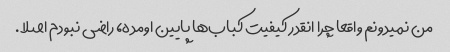
من نمیدونم واقعا چرا انقدر کیفیت کباب‌ها پایین اومده، راضی نبودم اصلا.